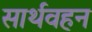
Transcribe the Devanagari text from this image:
सार्थवहन